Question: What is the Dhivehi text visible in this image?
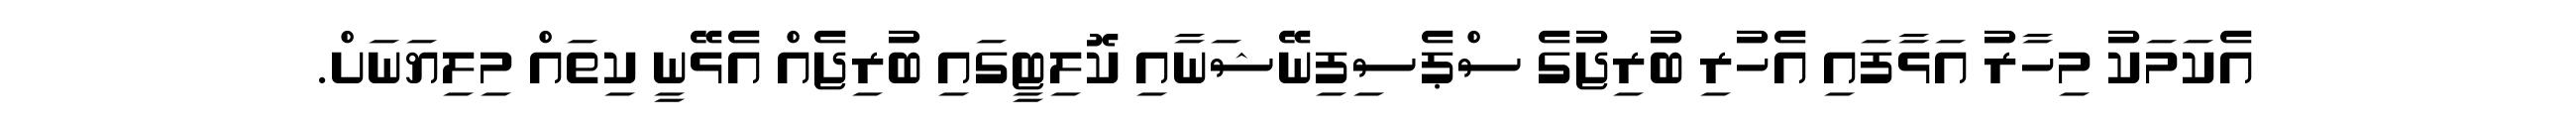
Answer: އެކަމަކު މިހާރު އަޅާފައި އެހުރި ބުރިޖުގެ ސްޕެސިފިނޭޝަނާއި ކޮލިޓީގައި ބުރިޖެއް އެޅޭނީ ކިތައް މިލިޔަނަށް.